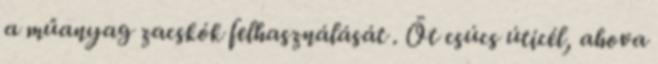
a műanyag zacskók felhasználását . Öt csúcs úticél, ahova